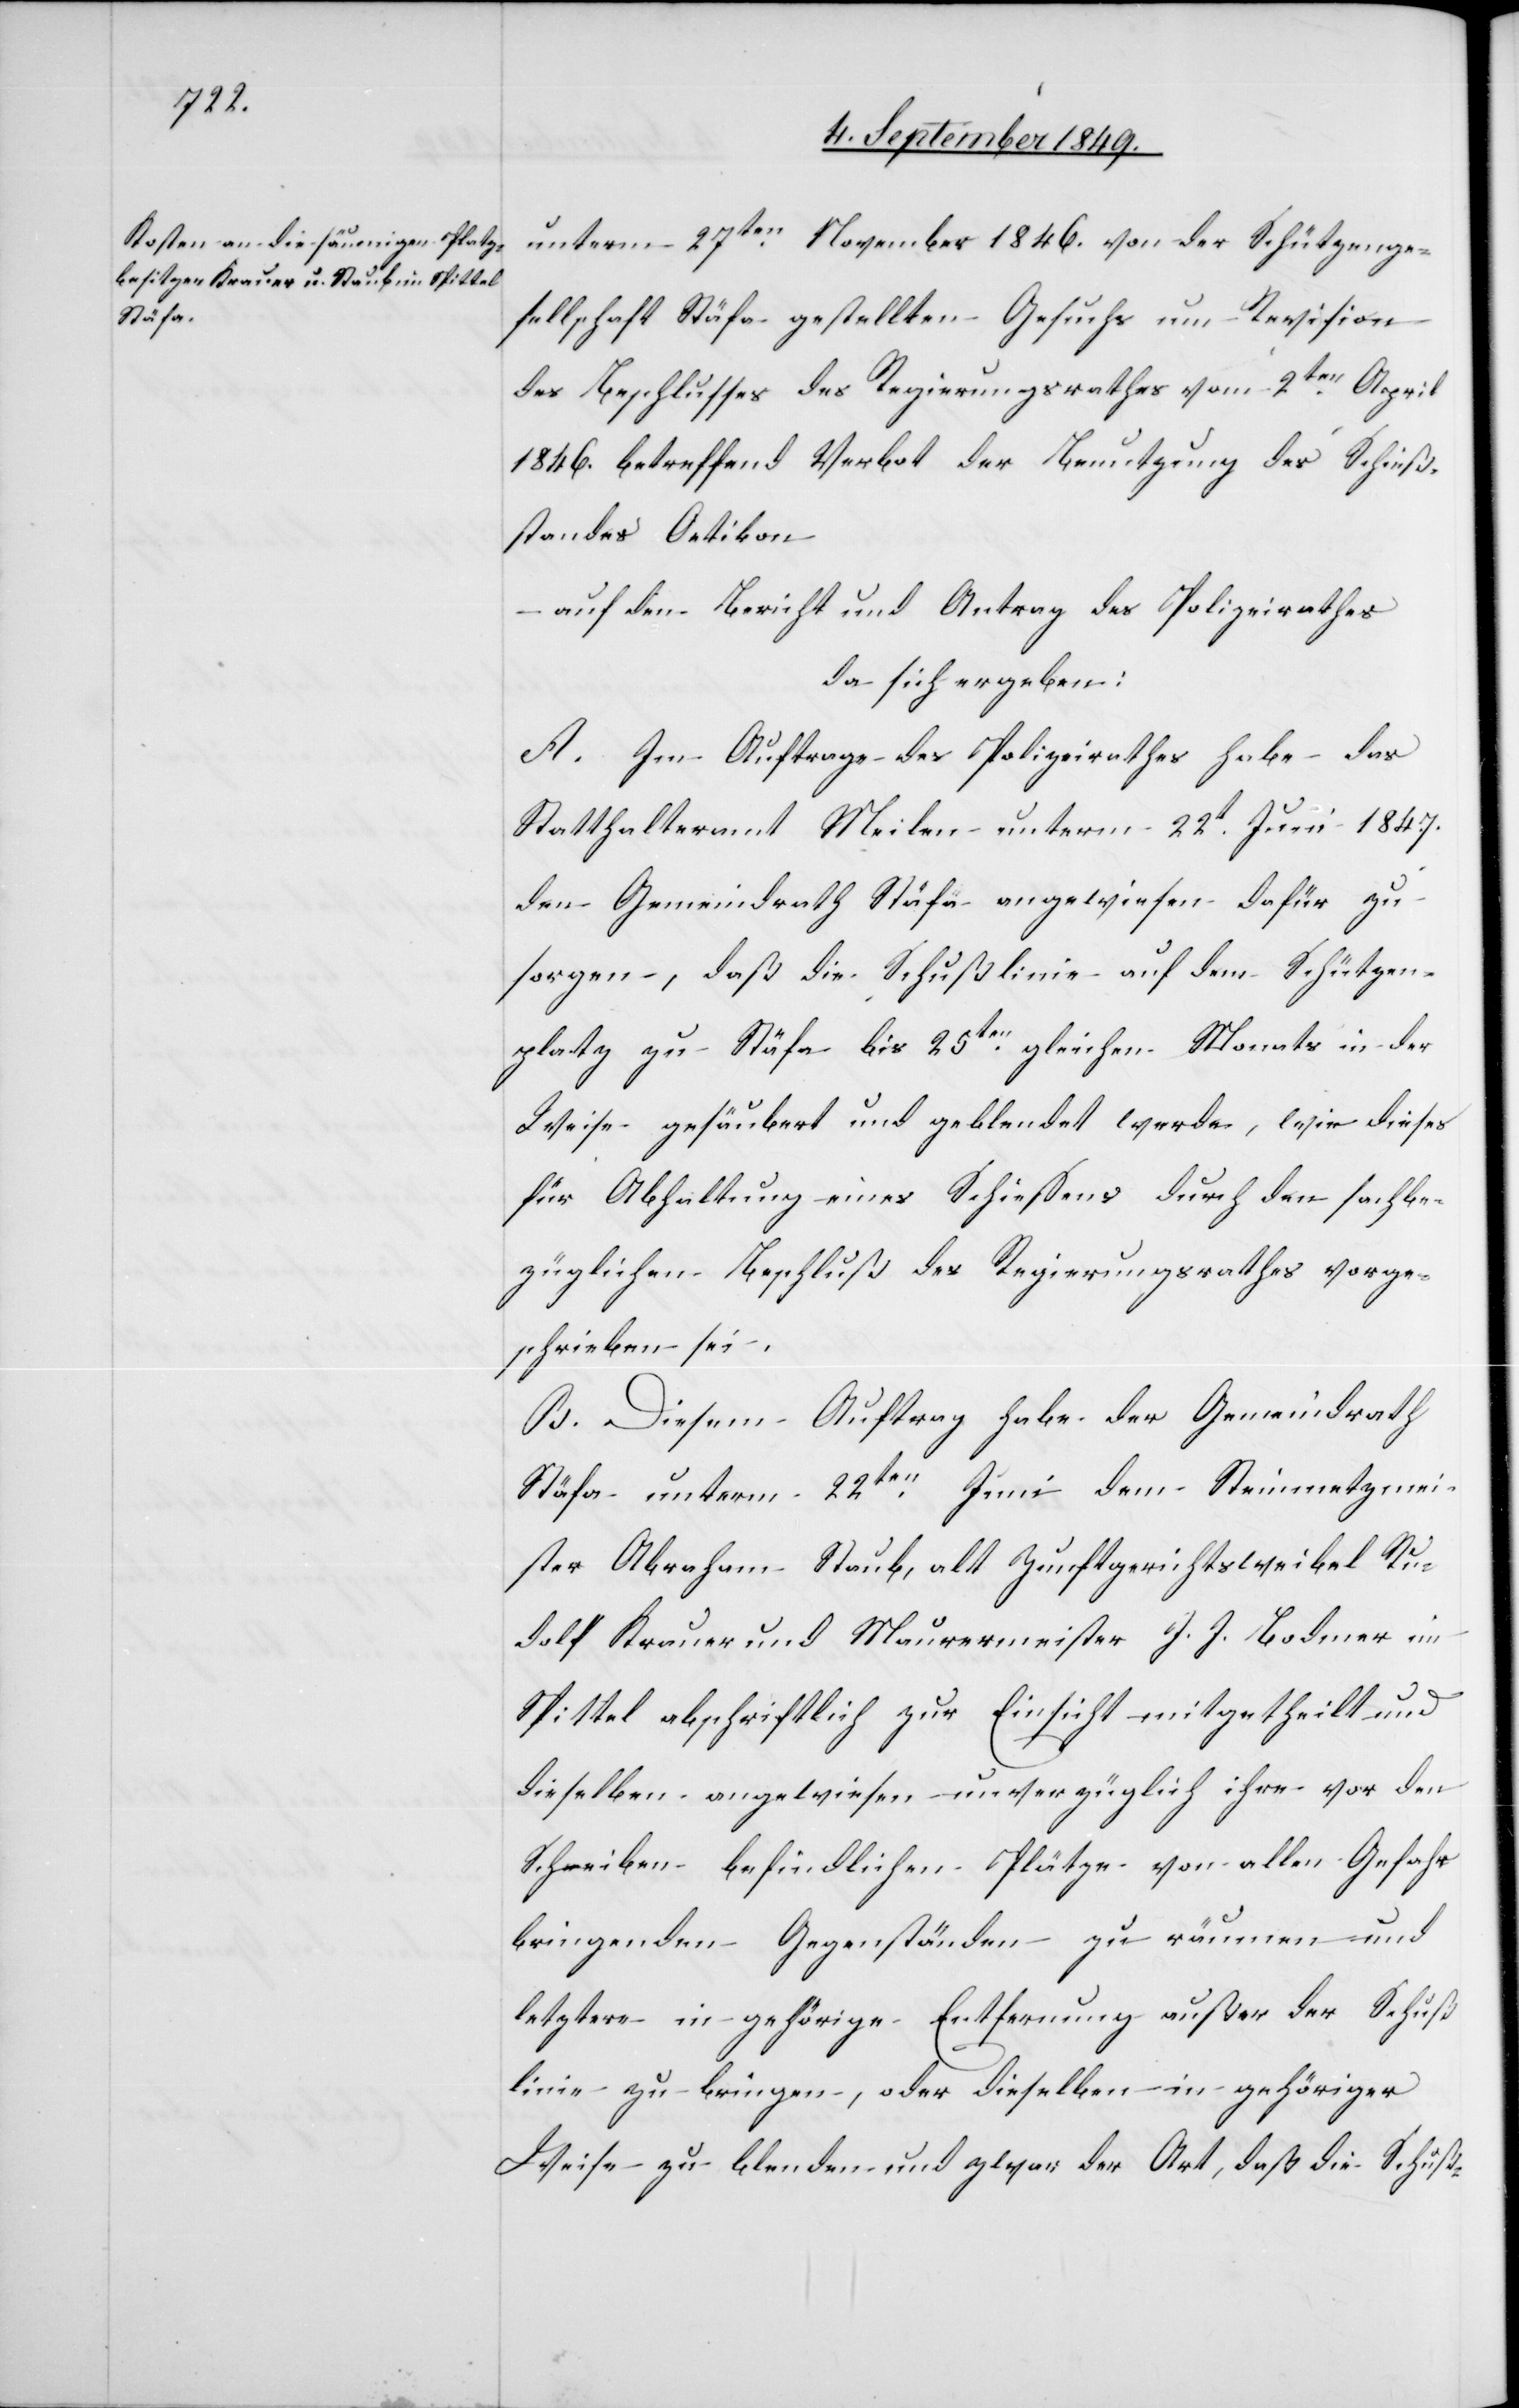
unterm 27ten November 1846. von der Schützenge¬
sellschaft Stäfa gestellten Gesuchs um Revision
des Beschlusses des Regierungsrathes vom 2ten April
1846. betreffend Verbot der Benutzung des Schieß¬
standes Oetikon
auf den Bericht und Antrag des Polizeirathes
da sich ergeben:
A. Im Auftrage des Polizeirathes habe das
Statthalteramt Meilen unterm 22t Juni 1847.
den Gemeindrath Stäfa angewiesen dafür zu
sorgen, daß die Schußlinie auf dem Schützen¬
platz zu Stäfa bis 25ten gleichen Monats in der
Weise gesäubert und geblendet werde, wie dieses
für Abhaltung eines Schiessens durch den sachbe¬
züglichen Beschluß des Regierungsrath vorge¬
schrieben sei.
B. Diesem Auftrag habe der Gemeindrath
Stäfa unterm 22ten Juni dem Steinmetzmei¬
ster Abraham Staub, alt Zunftgerichtsweibel Ru¬
dolf Krauer und Maurermeister J. J. Bodmer im
Spittel abschriftlich zur Einsicht mitgetheilt und
dieselben angewiesen unverzüglich ihre vor den
Scheiben befindlichen Plätze von allen gefahr¬
bringenden Gegenständen zu räumen und
letztere in gehörige Entfernung außer der Schuß¬
linie zu bringen, oder dieselben in gehöriger
Weise zu blenden und zwar der Art, daß die Schuß-